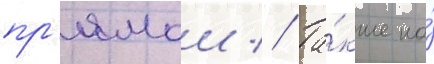
пр'ямои // Та́кже на́